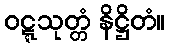
ဝဋ္ဋသုတ္တံ နိဋ္ဌိတံ။